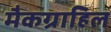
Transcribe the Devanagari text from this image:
मैकग्राहिल